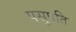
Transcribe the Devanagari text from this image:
पसुपति